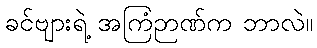
ခင်ဗျားရဲ့ အကြံဉာဏ်က ဘာလဲ။